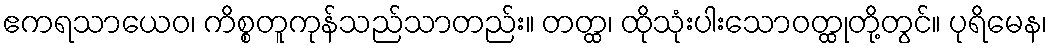
ဧကရသာယေဝ၊ ကိစ္စတူကုန်သည်သာတည်း။ တတ္ထ၊ ထိုသုံးပါးသောဝတ္ထုတို့တွင်။ ပုရိမေန၊